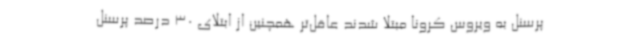
پرسنل به ویروس کرونا مبتلا شدند عاقل‌تر همچنین از ابتلای 30 درصد پرسنل